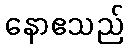
နောဧသည်